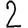
Digit: 2